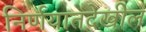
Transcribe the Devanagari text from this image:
निर्णयातदेखील